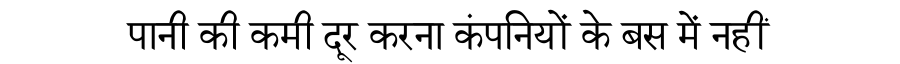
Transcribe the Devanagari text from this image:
पानी की कमी दूर करना कंपनियों के बस में नहीं